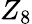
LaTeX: Z_{8}